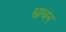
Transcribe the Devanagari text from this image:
श्वाबन